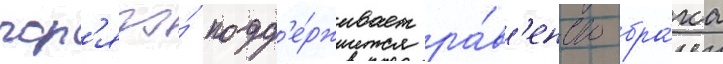
гор'ячо́ подд'е́рживает ра́в'енство бра́ка